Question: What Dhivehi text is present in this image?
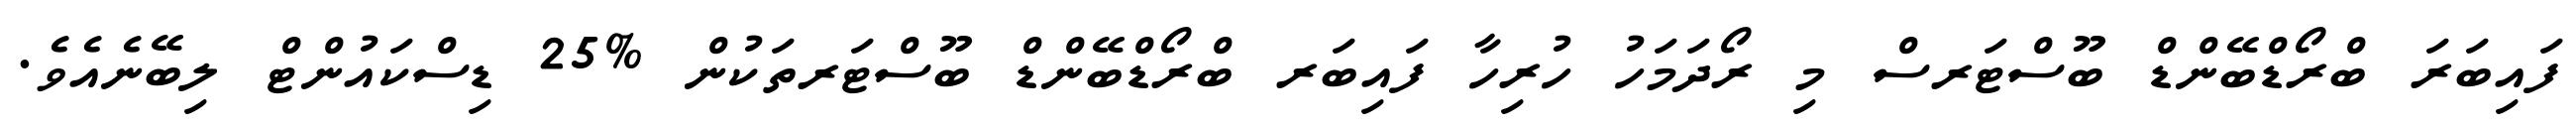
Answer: ފައިބަރަ ބްރޯޑްބޭންޑް ބޫސްޓަރސް މި ރޯދަމަހު ހުރިހާ ފައިބަރ ބްރޯޑްބޭންޑް ބޫސްޓަރތަކުން %25 ޑިސްކައުންޓް ލިބޭނެއެވެ.